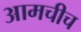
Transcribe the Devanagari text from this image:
आमचीच